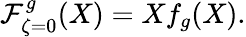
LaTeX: {\cal F}_{\zeta=0}^{g}(X)=Xf_{g}(X).